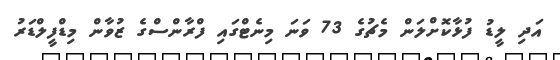
އަދި ލީޑު ފުޅާކޮށްލަން މެޗުގެ 73 ވަނަ މިނެޓްގައި ފްރާންސްގެ ޒުވާން މިޑްފީލްޑަރު